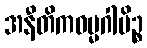
အနီတိကဓမ္မဂါမိဉ္စ